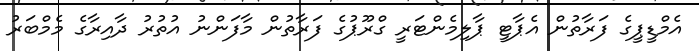
އެމްޑީޕީގެ ފަރާތުން އެޕާޓީ ޕާލިމެންޓަރީ ގްރޫޕުގެ ފަރާތުން މާފަންނު އުތުރު ދާއިރާގެ މެމްބަރު